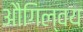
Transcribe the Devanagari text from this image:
औगिल्वय